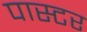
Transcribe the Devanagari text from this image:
पास्‍टर